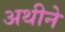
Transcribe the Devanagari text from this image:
अथीने